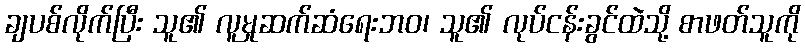
ချပစ်လိုက်ပြီး သူ၏ လူမှုဆက်ဆံရေးဘဝ၊ သူ၏ လုပ်ငန်းခွင်ထဲသို့ စာဖတ်သူကို